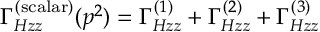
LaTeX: \Gamma _ { H z z } ^ { ( \mathrm { s c a l a r } ) } ( p ^ { 2 } ) = \Gamma _ { H z z } ^ { ( 1 ) } + \Gamma _ { H z z } ^ { ( 2 ) } + \Gamma _ { H z z } ^ { ( 3 ) }